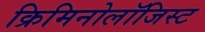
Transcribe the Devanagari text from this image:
क्रिमिनोलॉजिस्ट